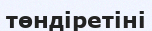
төндіретіні